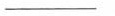
___